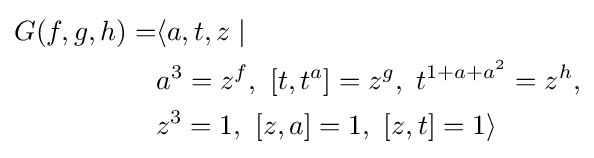
{\begin{aligned}G(f,g,h)=&\langle a,t,z\mid \\&a^{3}=z^{f},\ \lbrack t,t^{a}\rbrack =z^{g},\ t^{1+a+a^{2}}=z^{h},\\&z^{3}=1,\ \lbrack z,a\rbrack =1,\ \lbrack z,t\rbrack =1\rangle \end{aligned}}